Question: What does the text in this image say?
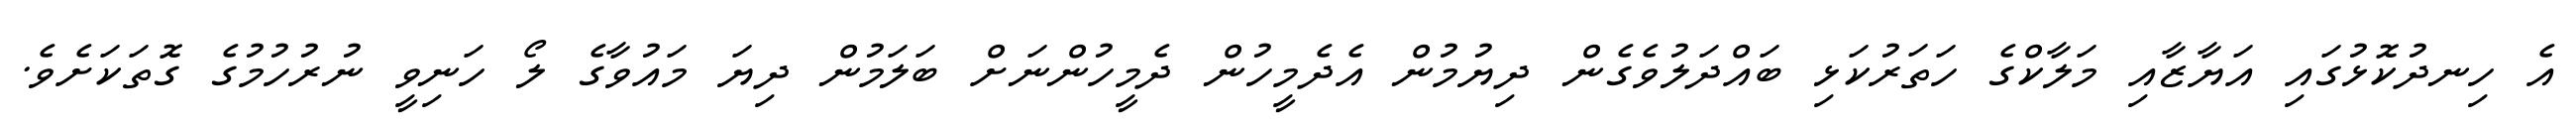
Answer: އެ ހިނދުކޮޅުގައި އަޔާޒާއި މަލާކްގެ ހަތަރުކަޅި ބައްދަލުވެގެން ދިޔުމުން އެދެމީހުން ދެމީހުންނަށް ބަލަމުން ދިޔަ މައުވާގެ ލޯ ހަނިވީ ނުރުހުމުގެ ގޮތަކަށެވެ.